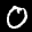
Label: 0